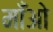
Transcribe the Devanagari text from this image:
माँओ